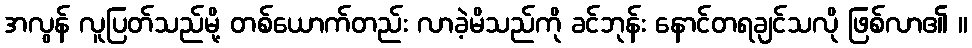
အလွန် လူပြတ်သည်မို့ တစ်ယောက်တည်း လာခဲ့မိသည်ကို ခင်ဘုန်း နောင်တရချင်သလို ဖြစ်လာ၏ ။